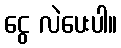
ငွေ လဲပေးပါ။